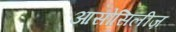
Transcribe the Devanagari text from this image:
आसोसिलीज़